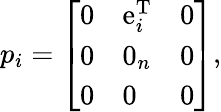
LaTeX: p_{i}={\left[\begin{array}{lll}{0}&{\operatorname{e}_{i}^{\mathrm{T}}}&{0}\\ {0}&{0_{n}}&{0}\\ {0}&{0}&{0}\end{array}\right]},